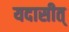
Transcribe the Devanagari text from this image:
यदासीत्